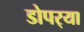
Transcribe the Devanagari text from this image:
डोपर्‍या